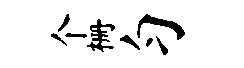
个栅匀